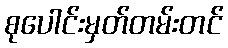
စုပေါင်းမှတ်တမ်းတင်